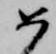
如